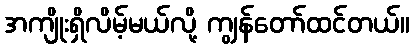
အကျိုးရှိလိမ့်မယ်လို့ ကျွန်တော်ထင်တယ်။